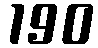
190